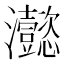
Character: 𤅮